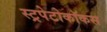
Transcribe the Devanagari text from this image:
स्ट्रपेटोकॉकस